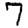
Digit: 7